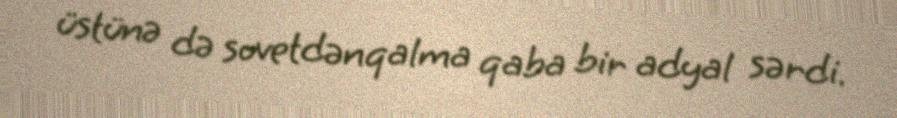
üstünə də sovetdənqalma qaba bir adyal sərdi.